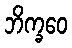
ဘိက္ခဝေ